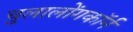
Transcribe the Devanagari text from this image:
चुलालोंगकॉर्न